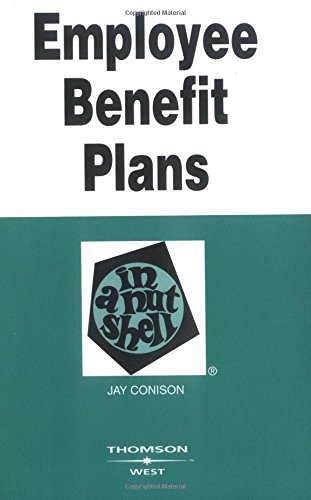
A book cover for Employee Benefit Plans in a Nutshell; Jay Conison; Law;